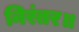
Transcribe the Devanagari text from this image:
निरंतर॥